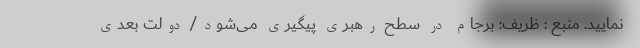
نمایید. منبع : ظریف: برجام در سطح رهبری پیگیری می‌شود/ دولت بعدی